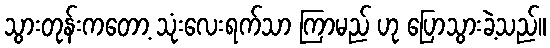
သွားတုန်းကတော့ သုံးလေးရက်သာ ကြာမည် ဟု ပြောသွားခဲ့သည်။